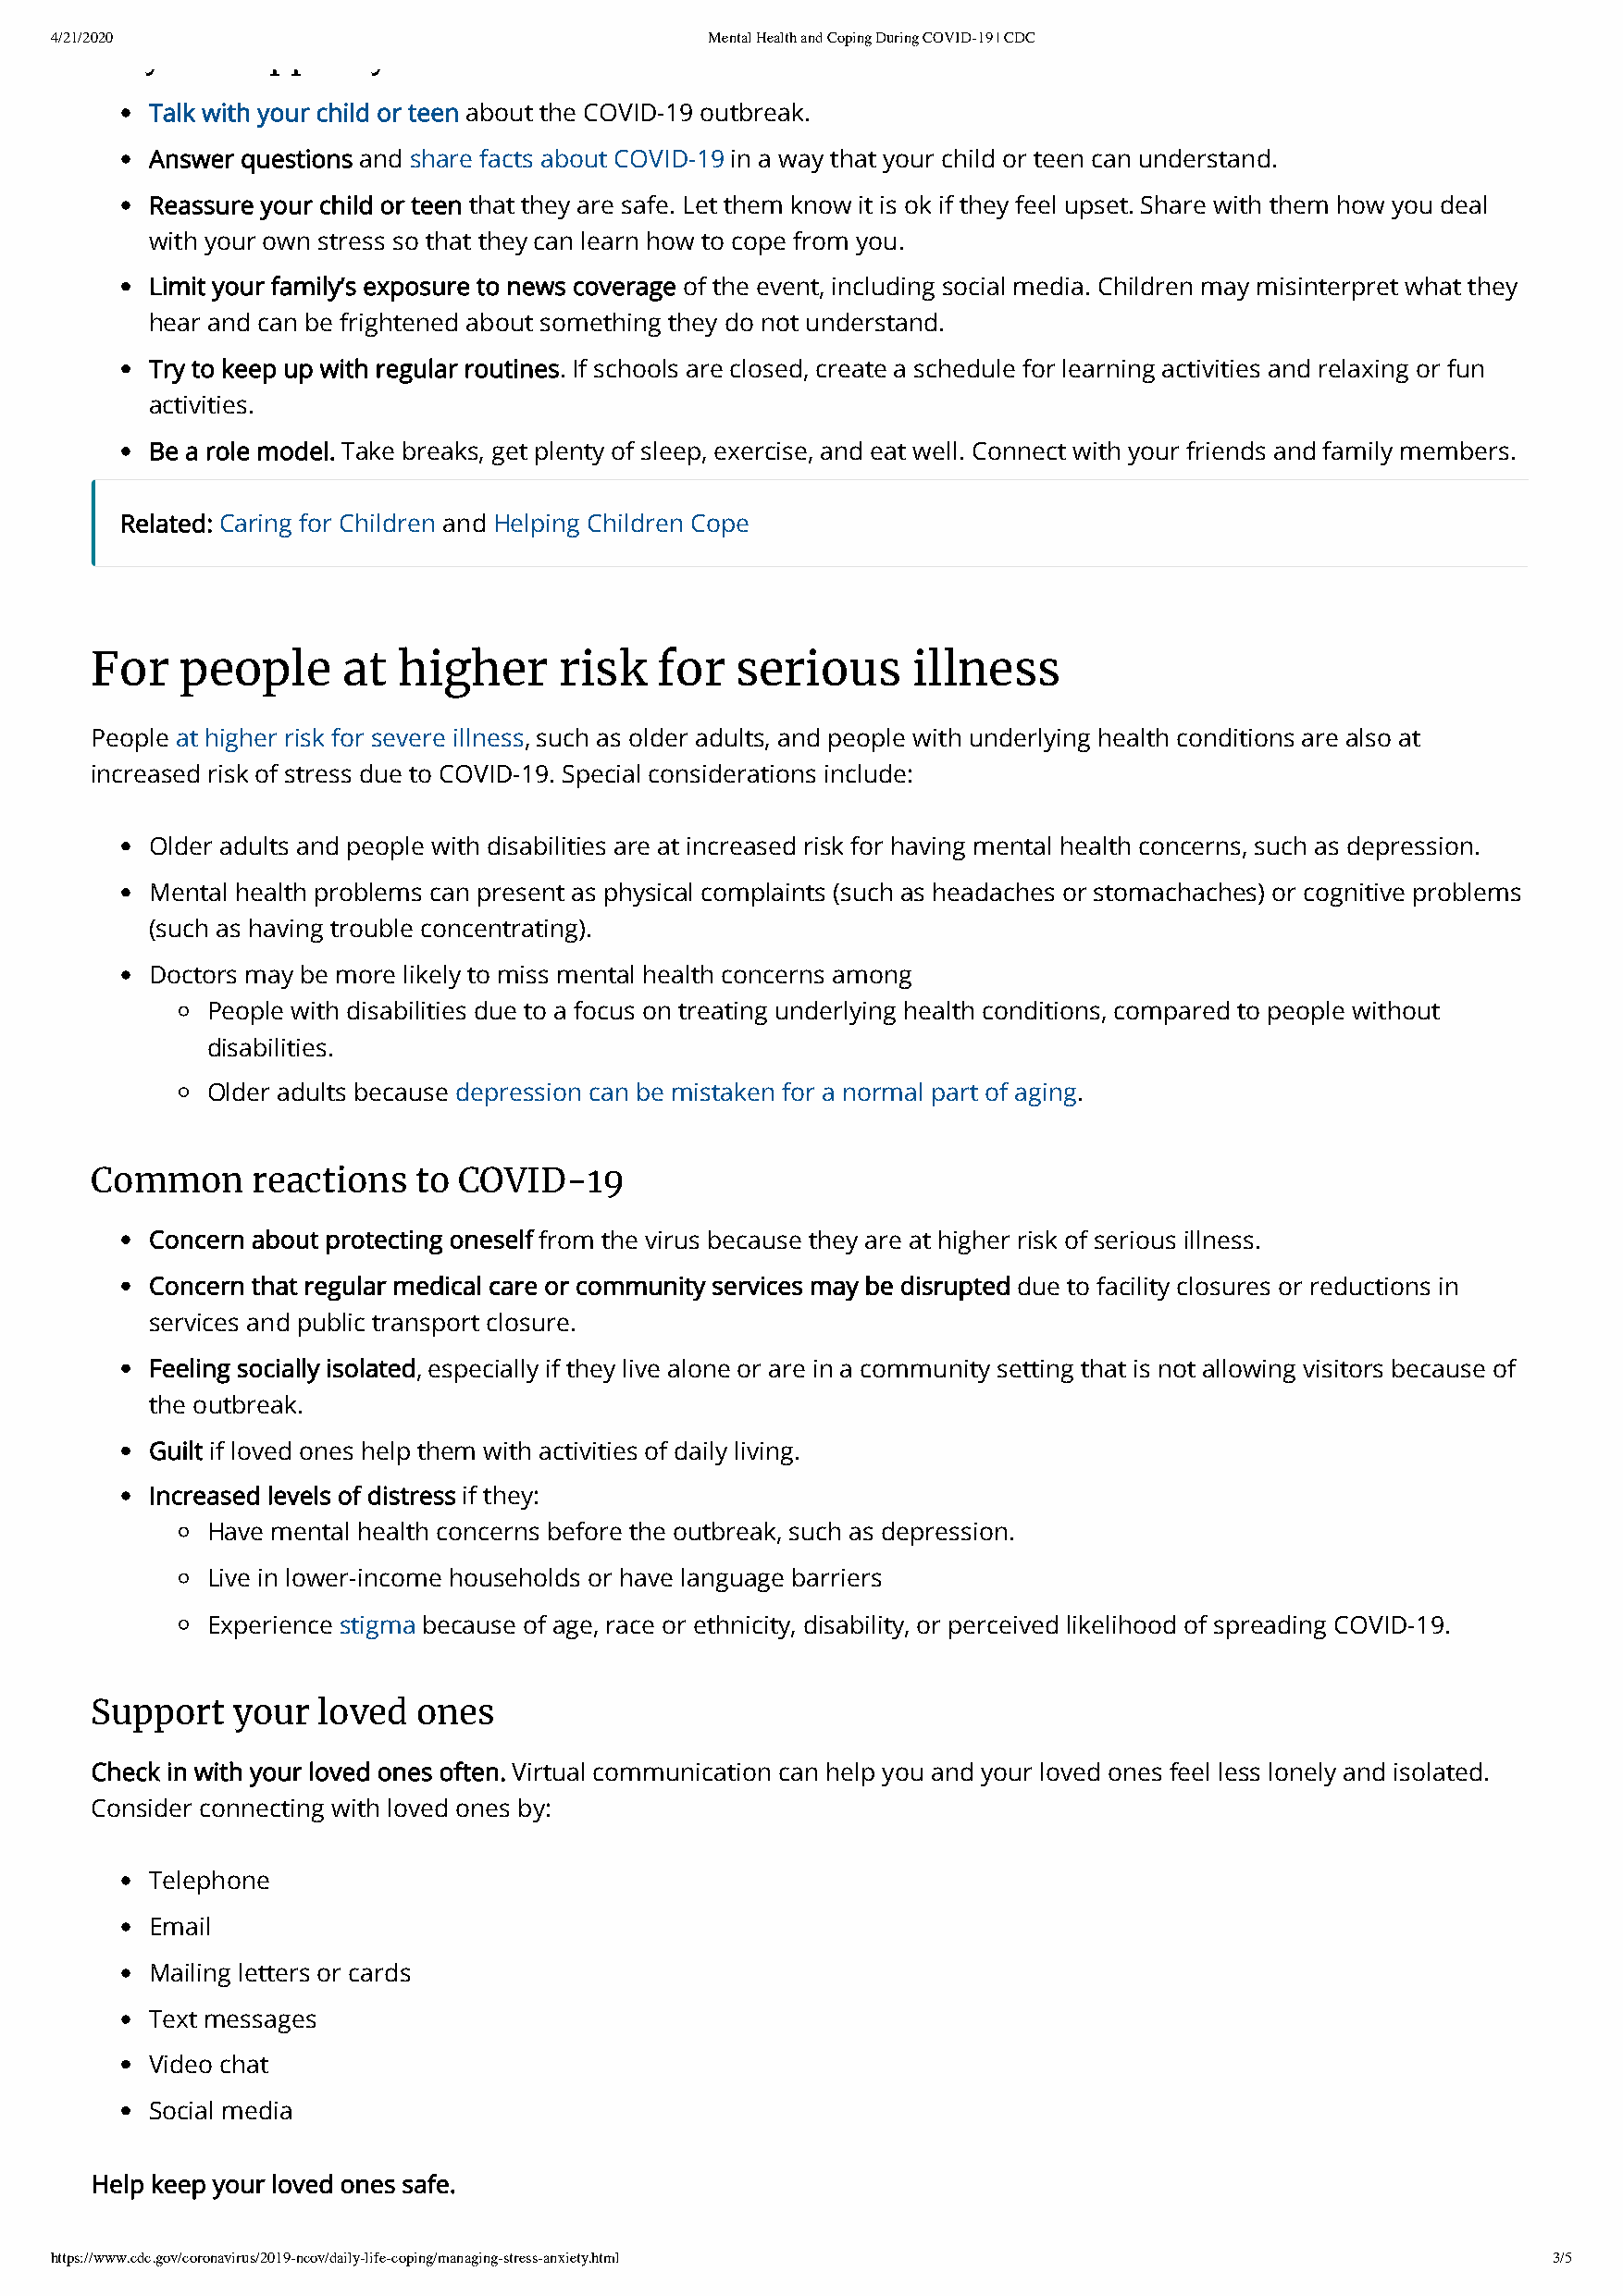
4/21/2020                                      Mental Health and Coping During COVID-19 | CDC
 y        pp     y
 Talk with your child or teen about the COVID-19 outbreak.
 Answer questions and share facts about COVID-19 in a way that your child or teen can understand.
 Reassure your child or teen that they are safe. Let them know it is ok if they feel upset. Share with them how you deal
 with your own stress so that they can learn how to cope from you.
 Limit your family’s exposure to news coverage of the event, including social media. Children may misinterpret what they
 hear and can be frightened about something they do not understand.
 Try to keep up with regular routines. If schools are closed, create a schedule for learning activities and relaxing or fun
 activities.
 Be a role model. Take breaks, get plenty of sleep, exercise, and eat well. Connect with your friends and family members.
 Related: Caring for Children and Helping Children Cope
 For   people     at  higher      risk   for   serious     illness
 People at higher risk for severe illness, such as older adults, and people with underlying health conditions are also at
 increased risk of stress due to COVID-19. Special considerations include:
 Older adults and people with disabilities are at increased risk for having mental health concerns, such as depression.
 Mental health problems can present as physical complaints (such as headaches or stomachaches) or cognitive problems
 (such as having trouble concentrating).
 Doctors may be more likely to miss mental health concerns among
 People with disabilities due to a focus on treating underlying health conditions, compared to people without
 disabilities.
 Older adults because depression can be mistaken for a normal part of aging.
 Common     reactions   to COVID-19
 Concern about protecting oneself from the virus because they are at higher risk of serious illness.
 Concern that regular medical care or community services may be disrupted due to facility closures or reductions in
 services and public transport closure.
 Feeling socially isolated, especially if they live alone or are in a community setting that is not allowing visitors because of
 the outbreak.
 Guilt if loved ones help them with activities of daily living.
 Increased levels of distress if they:
 Have mental health concerns before the outbreak, such as depression.
 Live in lower-income households or have language barriers
 Experience stigma because of age, race or ethnicity, disability, or perceived likelihood of spreading COVID-19.
 Support   your  loved  ones
 Check in with your loved ones often. Virtual communication can help you and your loved ones feel less lonely and isolated.
 Consider connecting with loved ones by:
 Telephone
 Email
 Mailing letters or cards
 Text messages
 Video chat
 Social media
 Help keep your loved ones safe.
 https://www.cdc.gov/coronavirus/2019-ncov/daily-life-coping/managing-stress-anxiety.html                   3/5